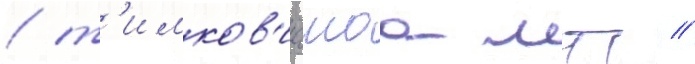
/ т'имков'ичскаа мтс //